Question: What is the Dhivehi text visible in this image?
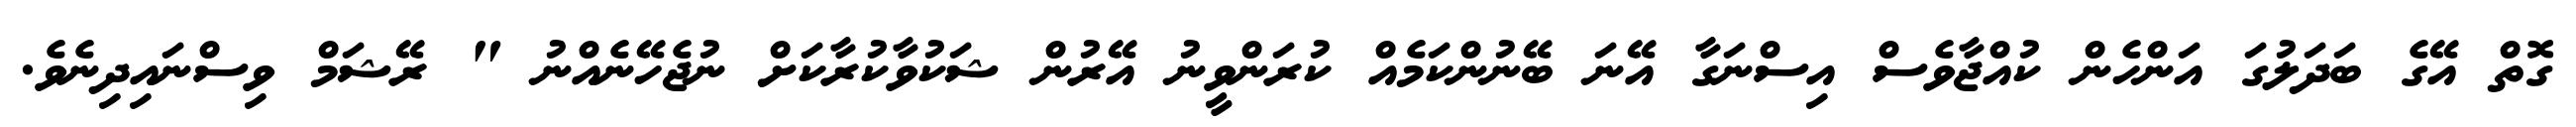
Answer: ގޮތް އޭގެ ބަދަލުގަ އަންހެން ކުއްޖާވެސް އިސްނަގާ އޭނަ ބޭނުންކަމެއް ކުރަންވީނު އޭރުން ޝަކުވާކުރާކަށް ނުޖެހޭނެއްނު " ރޭޝަމް ވިސްނައިދިނެވެ.